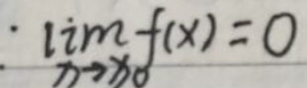
$\because \lim\limits_{x \to x_0} f(x)=0$